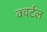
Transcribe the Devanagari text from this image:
क्वर्टल